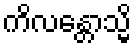
ကိလန္တောသ္မိ